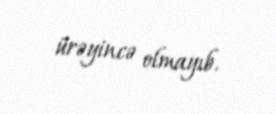
ürəyincə olmayıb.